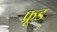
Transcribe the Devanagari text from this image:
फ्रूड